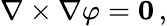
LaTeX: \nabla\times\nabla\varphi=\mathbf{0}\, ,